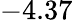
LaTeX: -4.37